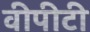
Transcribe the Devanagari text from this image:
वीपीटी